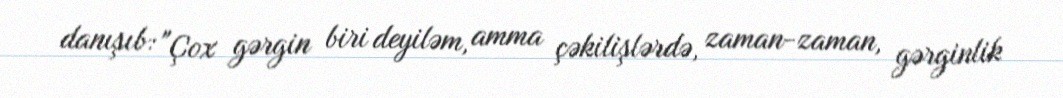
danışıb: "Çox gərgin biri deyiləm, amma çəkilişlərdə, zaman-zaman, gərginlik